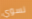
نسوي